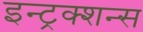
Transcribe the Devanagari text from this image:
इन्ट्रक्शन्स